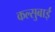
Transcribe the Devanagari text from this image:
कल्सुबाई